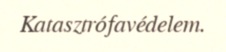
Katasztrófavédelem.